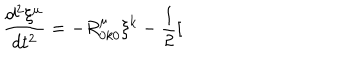
\frac { d ^ { 2 } \xi ^ { \mu } } { d t ^ { 2 } } = - R _ { 0 k 0 } ^ { \mu } \xi ^ { k } - \frac { 1 } { 2 } [